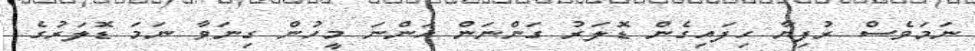
ނަމަވެސް ރުފިޔާ ހިފައިގެން ޑޮލަރު ގަންނަން އަންނަ މީހުން ގިނަވާ ނަމަ ޑޮލަރުގެ